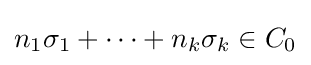
n_{1}\sigma _{1}+\cdots +n_{k}\sigma _{k}\in C_{0}